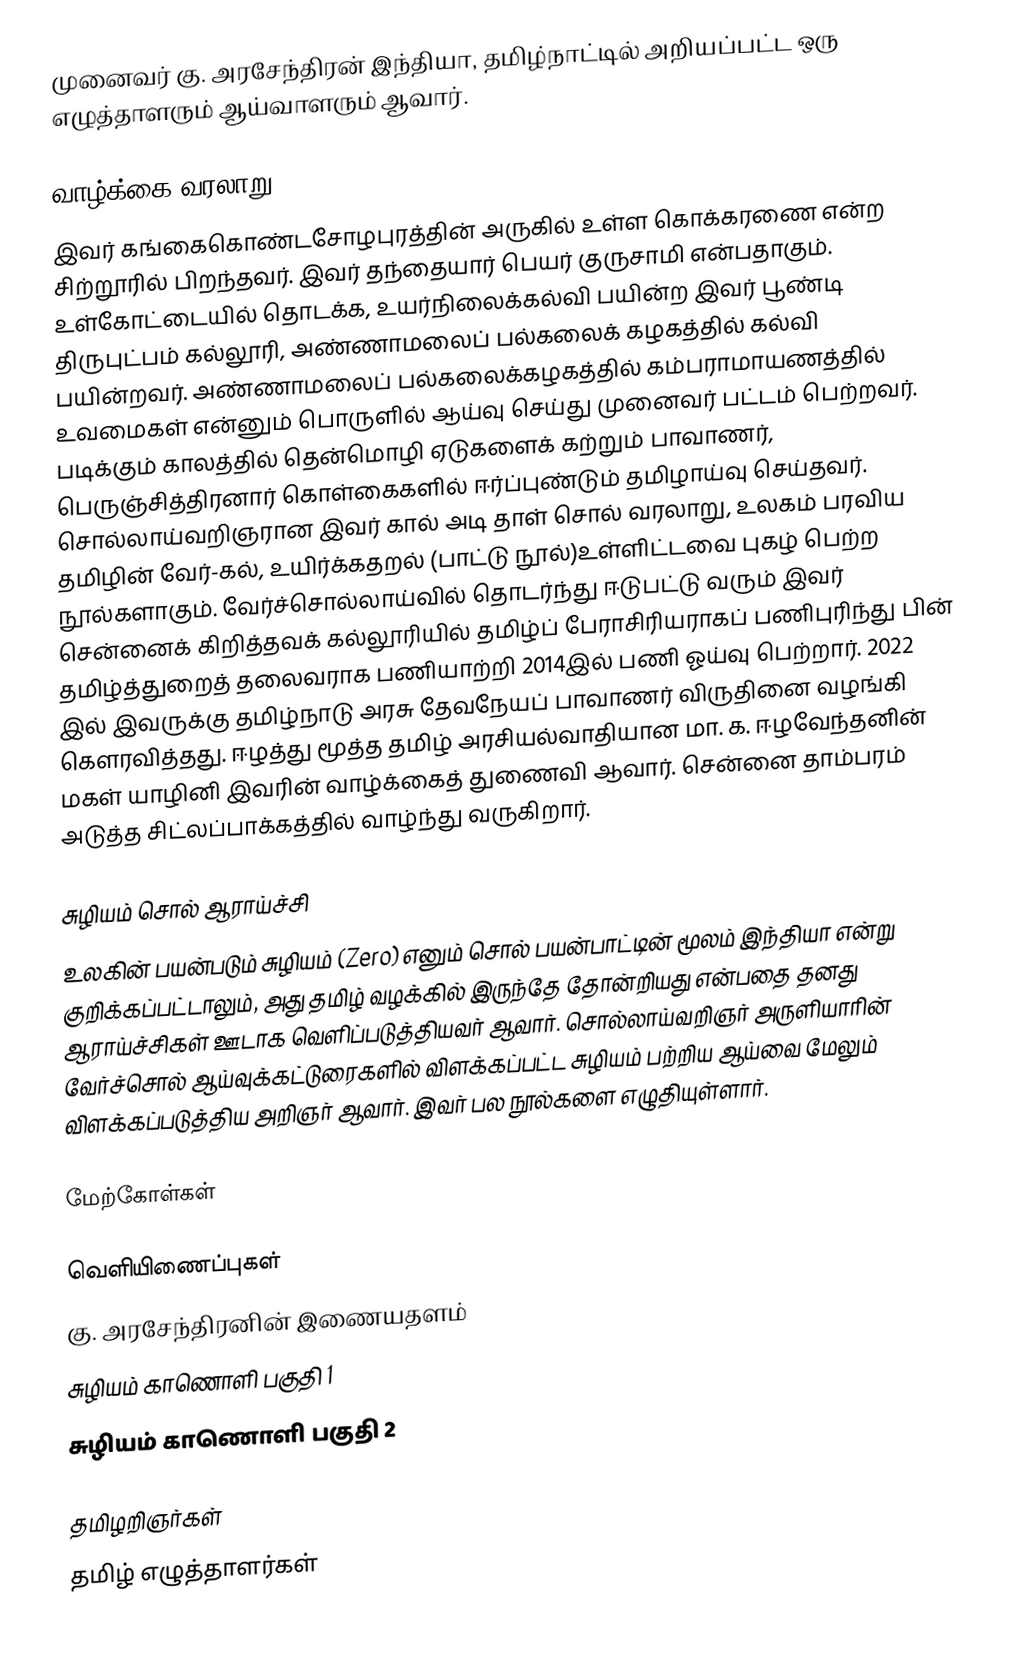
முனைவர் கு. அரசேந்திரன் இந்தியா, தமிழ்நாட்டில் அறியப்பட்ட ஒரு எழுத்தாளரும் ஆய்வாளரும் ஆவார்.

வாழ்க்கை வரலாறு
இவர் கங்கைகொண்டசோழபுரத்தின் அருகில் உள்ள கொக்கரணை என்ற சிற்றூரில் பிறந்தவர். இவர் தந்தையார் பெயர் குருசாமி என்பதாகும். உள்கோட்டையில் தொடக்க, உயர்நிலைக்கல்வி பயின்ற இவர் பூண்டி திருபுட்பம் கல்லூரி, அண்ணாமலைப் பல்கலைக் கழகத்தில் கல்வி பயின்றவர். அண்ணாமலைப் பல்கலைக்கழகத்தில் கம்பராமாயணத்தில் உவமைகள் என்னும் பொருளில் ஆய்வு செய்து முனைவர் பட்டம் பெற்றவர். படிக்கும் காலத்தில் தென்மொழி ஏடுகளைக் கற்றும் பாவாணர், பெருஞ்சித்திரனார் கொள்கைகளில் ஈர்ப்புண்டும் தமிழாய்வு செய்தவர். சொல்லாய்வறிஞரான இவர் கால் அடி தாள் சொல் வரலாறு, உலகம் பரவிய தமிழின் வேர்-கல், உயிர்க்கதறல் (பாட்டு நூல்)உள்ளிட்டவை புகழ் பெற்ற நூல்களாகும். வேர்ச்சொல்லாய்வில் தொடர்ந்து ஈடுபட்டு வரும் இவர் சென்னைக் கிறித்தவக் கல்லூரியில் தமிழ்ப் பேராசிரியராகப் பணிபுரிந்து பின் தமிழ்த்துறைத் தலைவராக பணியாற்றி 2014இல் பணி ஓய்வு பெற்றார். 2022 இல் இவருக்கு தமிழ்நாடு அரசு தேவநேயப் பாவாணர் விருதினை வழங்கி கௌரவித்தது. ஈழத்து மூத்த தமிழ் அரசியல்வாதியான மா. க. ஈழவேந்தனின் மகள் யாழினி இவரின் வாழ்க்கைத் துணைவி ஆவார். சென்னை  தாம்பரம் அடுத்த சிட்லப்பாக்கத்தில் வாழ்ந்து வருகிறார்.

சுழியம் சொல் ஆராய்ச்சி
உலகின் பயன்படும் சுழியம் (Zero) எனும் சொல் பயன்பாட்டின் மூலம் இந்தியா என்று குறிக்கப்பட்டாலும், அது தமிழ் வழக்கில் இருந்தே தோன்றியது என்பதை தனது ஆராய்ச்சிகள் ஊடாக வெளிப்படுத்தியவர் ஆவார். சொல்லாய்வறிஞர் அருளியாரின் வேர்ச்சொல் ஆய்வுக்கட்டுரைகளில் விளக்கப்பட்ட சுழியம் பற்றிய ஆய்வை மேலும் விளக்கப்படுத்திய அறிஞர் ஆவார். இவர் பல நூல்களை எழுதியுள்ளார்.

மேற்கோள்கள்

வெளியிணைப்புகள்
 கு. அரசேந்திரனின் இணையதளம்
 சுழியம் காணொளி பகுதி 1
 சுழியம் காணொளி பகுதி 2

தமிழறிஞர்கள்
தமிழ் எழுத்தாளர்கள்